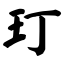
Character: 玎